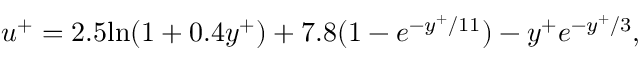
u ^ { + } = 2 . 5 \mathrm { l n } ( 1 + 0 . 4 y ^ { + } ) + 7 . 8 ( 1 - e ^ { - y ^ { + } / 1 1 } ) - y ^ { + } e ^ { - y ^ { + } / 3 } ,